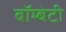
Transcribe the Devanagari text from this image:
बॉम्बेटी